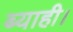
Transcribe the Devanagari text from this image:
ब्याही।